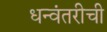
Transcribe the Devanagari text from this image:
धन्वंतरीची